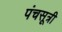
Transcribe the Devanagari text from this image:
पंचसूत्री